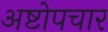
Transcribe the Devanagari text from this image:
अष्टोपचार